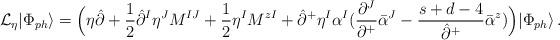
LaTeX: \begin{align*}{\cal L}_\eta|\Phi_{ph}\rangle=\Bigl(\eta\hat{\partial}+\frac{1}{2}\hat{\partial}^I\eta^JM^{IJ}+\frac{1}{2}\eta^IM^{zI}+\hat{\partial}^+\eta^I\alpha^I(\frac{\partial^J}{\partial^+}\bar{\alpha}^J-\frac{s+d-4}{\hat{\partial}^+}\bar{\alpha}^z)\Bigr)|\Phi_{ph}\rangle\,.\end{align*}